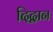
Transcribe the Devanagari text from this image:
दिद्वान